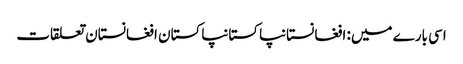
اسی بارے میں: افغانستانپاکستانپاکستان افغانستان تعلقات